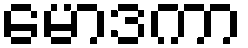
မောဒကာ